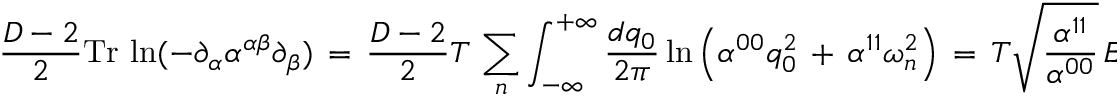
\frac { D - 2 } { 2 } \mathrm { T r } \, \ln ( - \partial _ { \alpha } \alpha ^ { \alpha \beta } \partial _ { \beta } ) \, = \, \frac { D - 2 } { 2 } T \, \sum _ { n } ^ { } \int _ { - \infty } ^ { + \infty } \frac { d q _ { 0 } } { 2 \pi } \ln \left( \alpha ^ { 0 0 } q _ { 0 } ^ { 2 } \, + \, \alpha ^ { 1 1 } { \omega _ { n } ^ { 2 } } \right) \, = \, { T } \sqrt { \frac { \alpha ^ { 1 1 } } { \alpha ^ { 0 0 } } } \, E _ { \mathrm { C } } { . }